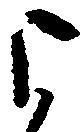
よ